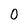
Character: O